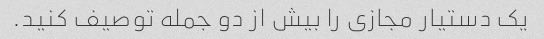
یک دستیار مجازی را بیش از دو جمله توصیف کنید.